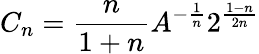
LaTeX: C_{n}=\frac{n}{1+n}A^{-\frac{1}{n}}2^{\frac{1-n}{2n}}